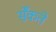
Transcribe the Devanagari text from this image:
सेँकते